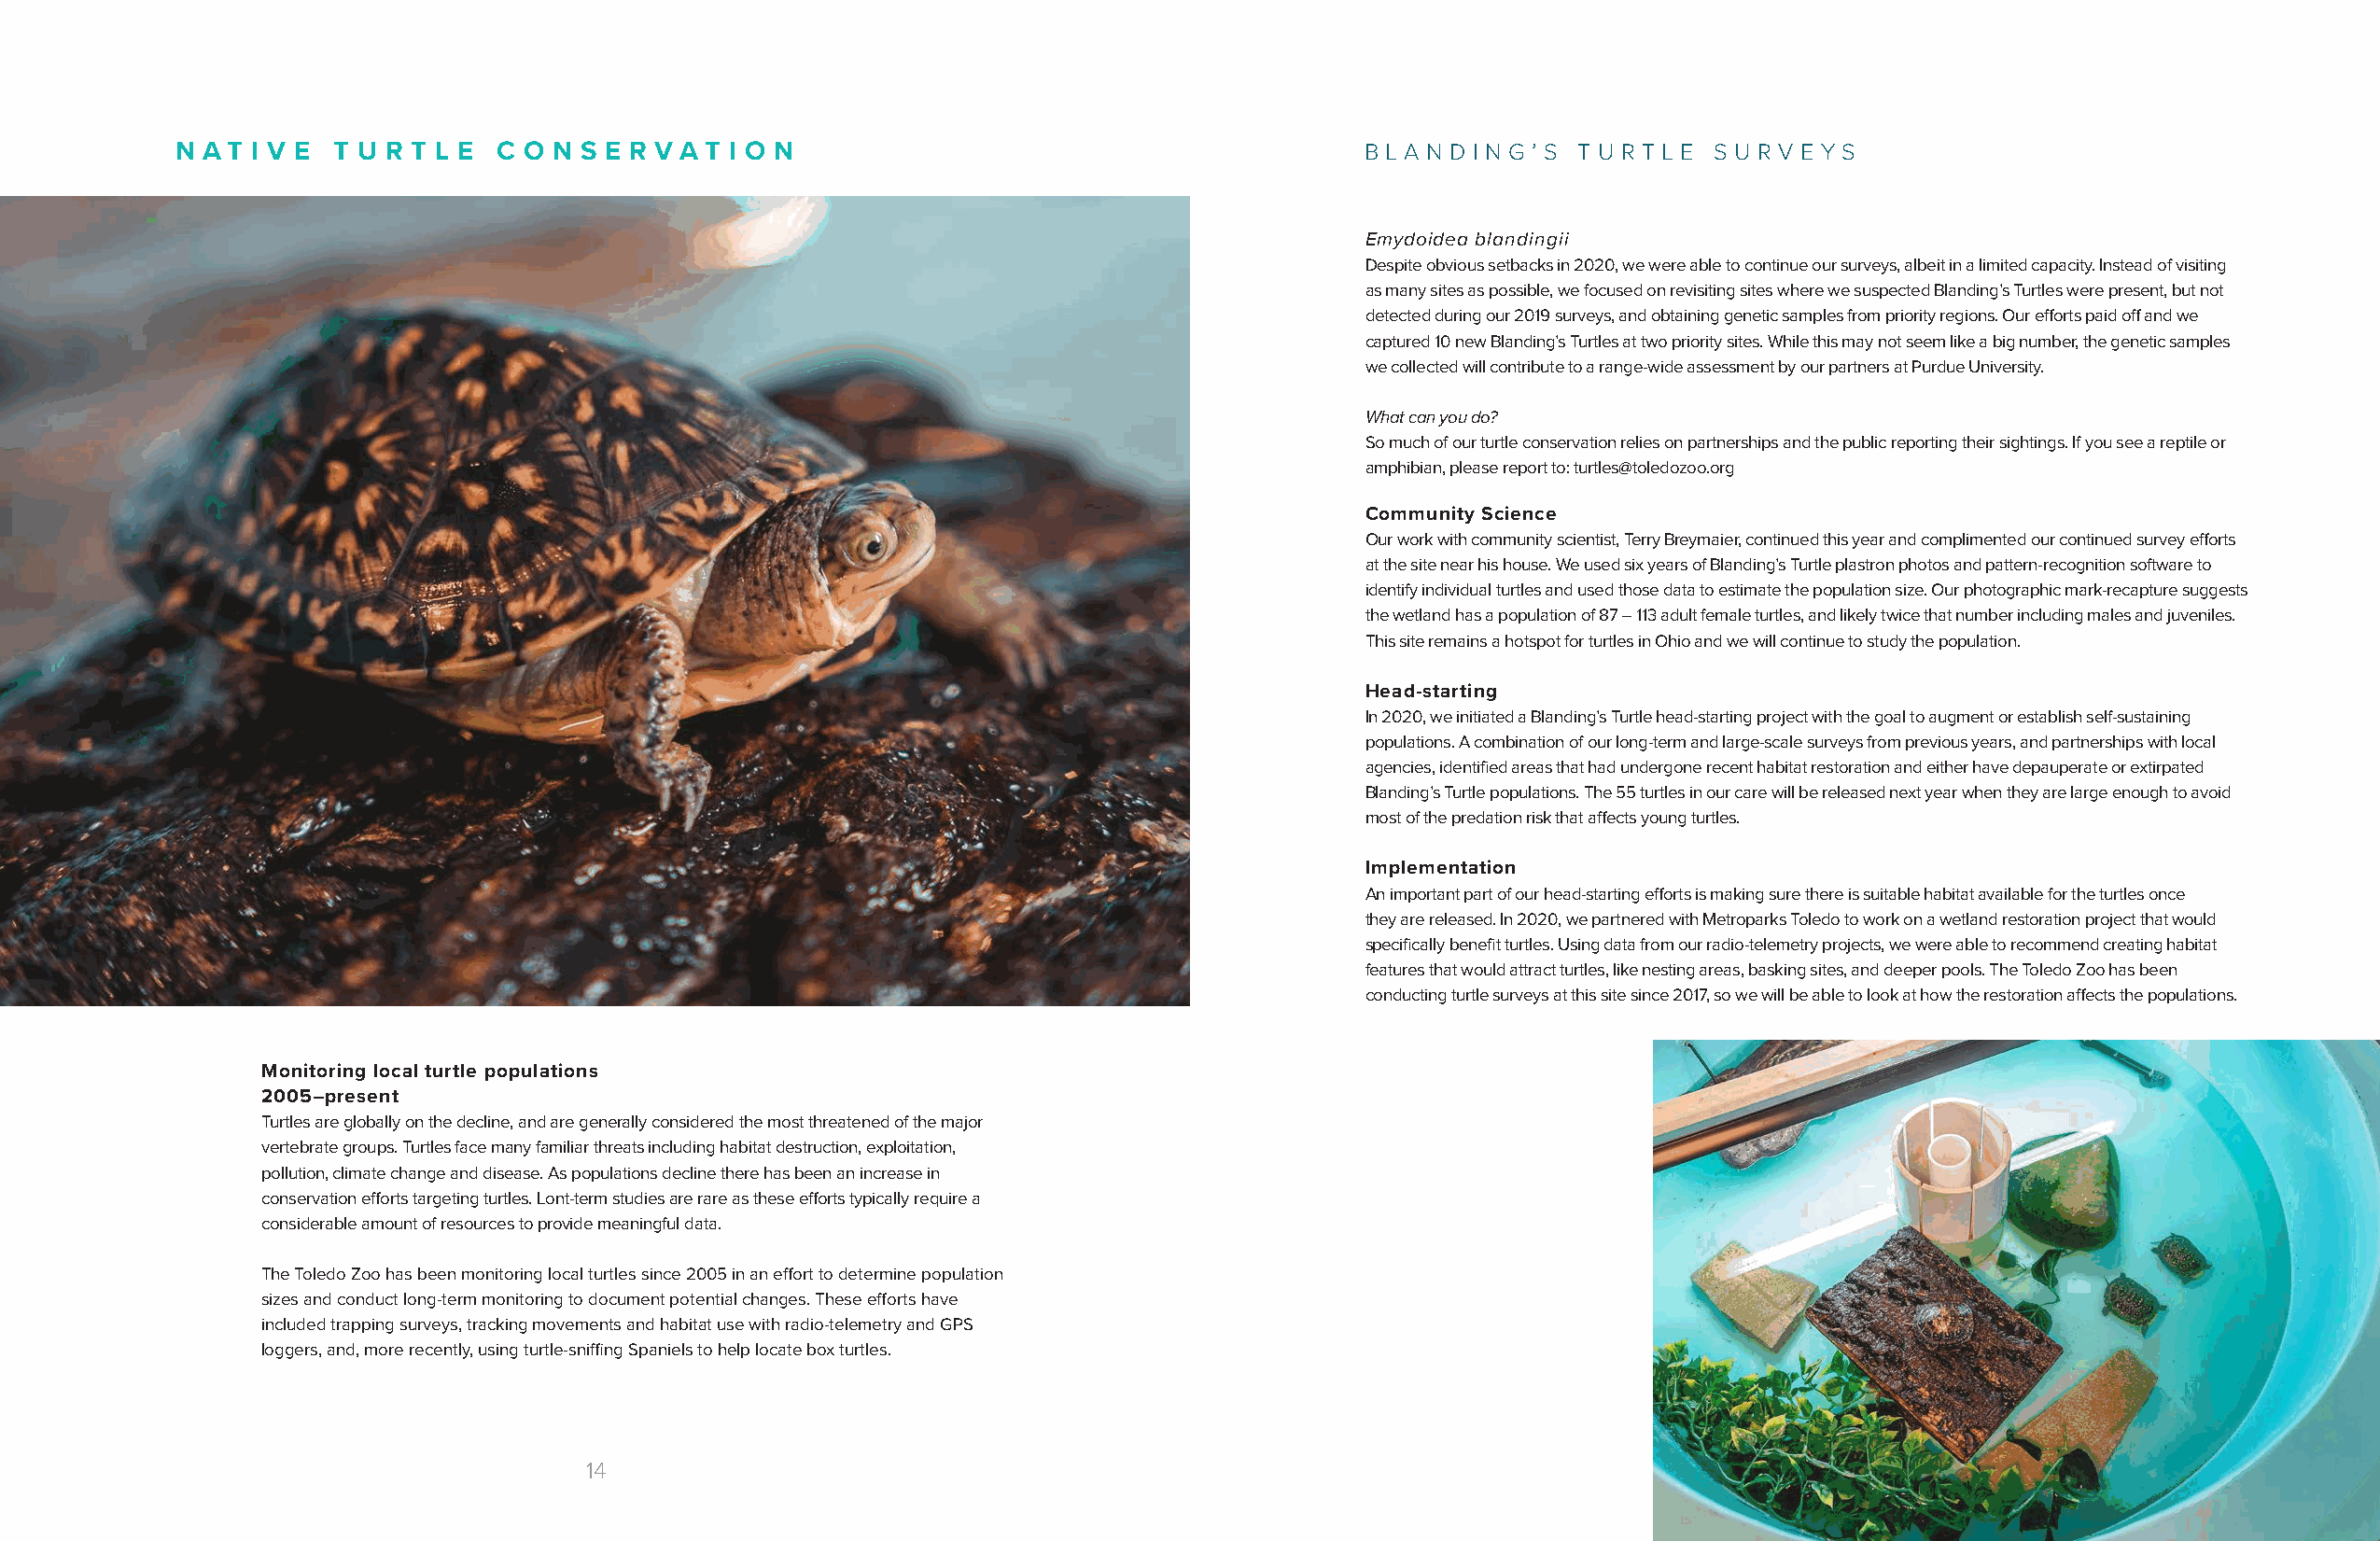
N A T I V E T U R T L E C O N S E R V A T I O N                                      B L A N D I N G ’ S T U R T L E S U R V E Y S
 Emydoidea blandingii
 Despite obvious setbacks in 2020, we were able to continue our surveys, albeit in a limited capacity. Instead of visiting
 as many sites as possible, we focused on revisiting sites where we suspected Blanding’s Turtles were present, but not
 detected during our 2019 surveys, and obtaining genetic samples from priority regions. Our efforts paid off and we
 captured 10 new Blanding’s Turtles at two priority sites. While this may not seem like a big number, the genetic samples
 we collected will contribute to a range-wide assessment by our partners at Purdue University.
 What can you do?
 So much of our turtle conservation relies on partnerships and the public reporting their sightings. If you see a reptile or
 amphibian, please report to: turtles@toledozoo.org
 Community Science
 Our work with community scientist, Terry Breymaier, continued this year and complimented our continued survey efforts
 at the site near his house. We used six years of Blanding’s Turtle plastron photos and pattern-recognition software to
 identify individual turtles and used those data to estimate the population size. Our photographic mark-recapture suggests
 the wetland has a population of 87 – 113 adult female turtles, and likely twice that number including males and juveniles.
 This site remains a hotspot for turtles in Ohio and we will continue to study the population.
 Head-starting
 In 2020, we initiated a Blanding’s Turtle head-starting project with the goal to augment or establish self-sustaining
 populations. A combination of our long-term and large-scale surveys from previous years, and partnerships with local
 agencies, identified areas that had undergone recent habitat restoration and either have depauperate or extirpated
 Blanding’s Turtle populations. The 55 turtles in our care will be released next year when they are large enough to avoid
 most of the predation risk that affects young turtles.
 Implementation
 An important part of our head-starting efforts is making sure there is suitable habitat available for the turtles once
 they are released. In 2020, we partnered with Metroparks Toledo to work on a wetland restoration project that would
 specifically benefit turtles. Using data from our radio-telemetry projects, we were able to recommend creating habitat
 features that would attract turtles, like nesting areas, basking sites, and deeper pools. The Toledo Zoo has been
 conducting turtle surveys at this site since 2017, so we will be able to look at how the restoration affects the populations.
 Monitoring local turtle populations
 2005―present
 Turtles are globally on the decline, and are generally considered the most threatened of the major
 vertebrate groups. Turtles face many familiar threats including habitat destruction, exploitation,
 pollution, climate change and disease. As populations decline there has been an increase in
 conservation efforts targeting turtles. Lont-term studies are rare as these efforts typically require a
 considerable amount of resources to provide meaningful data.
 The Toledo Zoo has been monitoring local turtles since 2005 in an effort to determine population
 sizes and conduct long-term monitoring to document potential changes. These efforts have
 included trapping surveys, tracking movements and habitat use with radio-telemetry and GPS
 loggers, and, more recently, using turtle-sniffing Spaniels to help locate box turtles.
 14                                                                                  15